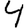
Digit: 4